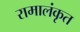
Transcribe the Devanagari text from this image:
रामालंकृत